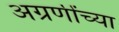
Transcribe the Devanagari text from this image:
अग्रणींच्या